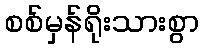
စစ်မှန်ရိုးသားစွာ